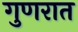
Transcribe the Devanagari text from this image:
गुणरात